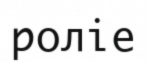
роліе